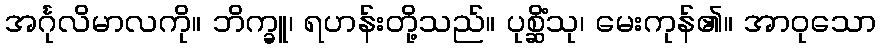
အင်္ဂုလိမာလကို။ ဘိက္ခူ၊ ရဟန်းတို့သည်။ ပုစ္ဆိံသု၊ မေးကုန်၏။ အာဝုသော